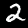
Label: 2